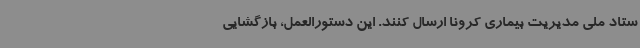
ستاد ملی مدیریت بیماری کرونا ارسال کنند. این دستورالعمل، بازگشایی